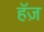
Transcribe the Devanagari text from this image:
हॅज़